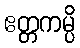
ဧတ္တကမ္ပိ